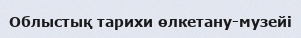
Облыстық тарихи өлкетану-музейі